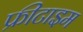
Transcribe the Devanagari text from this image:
फ्रीटाइम